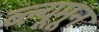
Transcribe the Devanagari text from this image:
ब्ल्यूमून